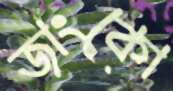
জাংকো